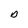
Character: O